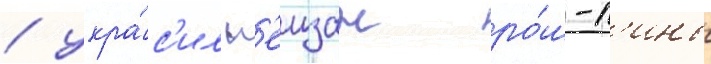
/ укра́с'ил п'еизаж ро́ш-п'ины